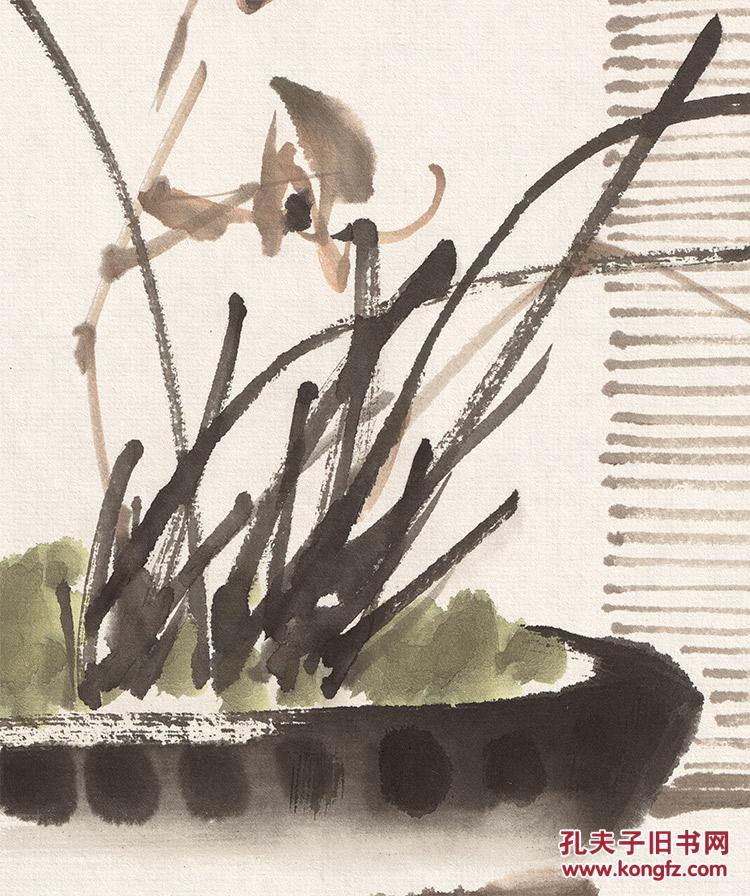
曲终漏尽严具陈，月没星稀天下旦。